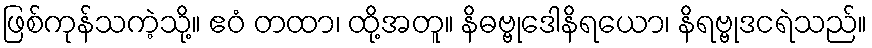
ဖြစ်ကုန်သကဲ့သို့။ ဧဝံ တထာ၊ ထို့အတူ။ နိဓဗ္ဗုဒေါနိရယော၊ နိရဗ္ဗုဒငရဲသည်။